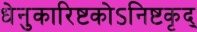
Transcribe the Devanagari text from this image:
धेनुकारिष्टकोऽनिष्टकृद्